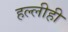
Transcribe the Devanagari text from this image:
हल्लीही